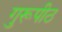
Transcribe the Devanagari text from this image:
गुरूपीठ